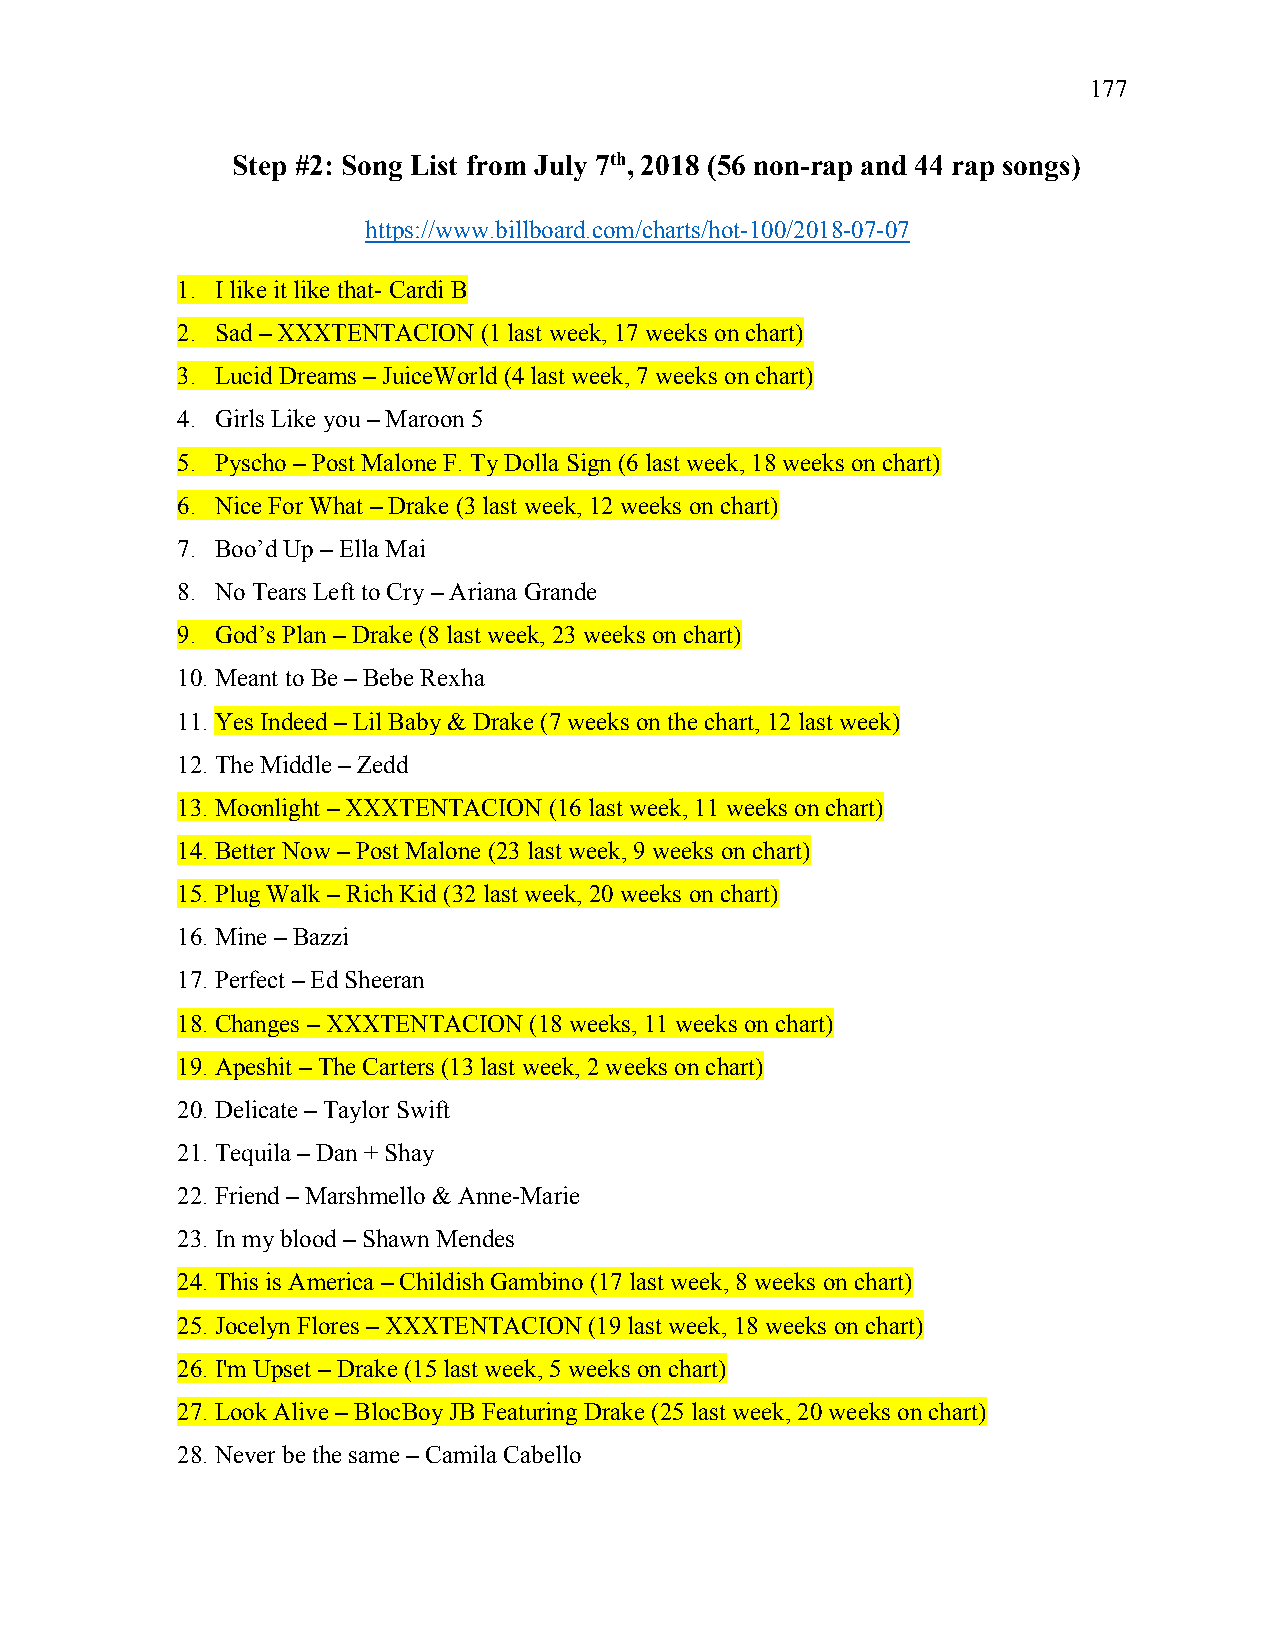
177
 Step #2: Song List from July 7th, 2018 (56 non-rap and 44 rap songs)
 https://www.billboard.com/charts/hot-100/2018-07-07
 1. I like it like that- Cardi B
 2. Sad – XXXTENTACION (1 last week, 17 weeks on chart)
 3. Lucid Dreams – JuiceWorld (4 last week, 7 weeks on chart)
 4. Girls Like you – Maroon 5
 5. Pyscho – Post Malone F. Ty Dolla Sign (6 last week, 18 weeks on chart)
 6. Nice For What – Drake (3 last week, 12 weeks on chart)
 7. Boo’d Up – Ella Mai
 8. No Tears Left to Cry – Ariana Grande
 9. God’s Plan – Drake (8 last week, 23 weeks on chart)
 10. Meant to Be – Bebe Rexha
 11. Yes Indeed – Lil Baby & Drake (7 weeks on the chart, 12 last week)
 12. The Middle – Zedd
 13. Moonlight – XXXTENTACION (16 last week, 11 weeks on chart)
 14. Better Now – Post Malone (23 last week, 9 weeks on chart)
 15. Plug Walk – Rich Kid (32 last week, 20 weeks on chart)
 16. Mine – Bazzi
 17. Perfect – Ed Sheeran
 18. Changes – XXXTENTACION (18 weeks, 11 weeks on chart)
 19. Apeshit – The Carters (13 last week, 2 weeks on chart)
 20. Delicate – Taylor Swift
 21. Tequila – Dan + Shay
 22. Friend – Marshmello & Anne-Marie
 23. In my blood – Shawn Mendes
 24. This is America – Childish Gambino (17 last week, 8 weeks on chart)
 25. Jocelyn Flores – XXXTENTACION (19 last week, 18 weeks on chart)
 26. I'm Upset – Drake (15 last week, 5 weeks on chart)
 27. Look Alive – BlocBoy JB Featuring Drake (25 last week, 20 weeks on chart)
 28. Never be the same – Camila Cabello